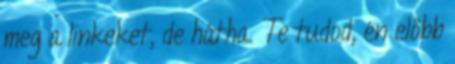
meg a linkeket, de hátha. Te tudod, én előbb